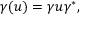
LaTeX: \gamma ( u ) = \gamma u \gamma ^ { * } ,